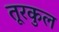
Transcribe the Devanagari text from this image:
तूरकुल